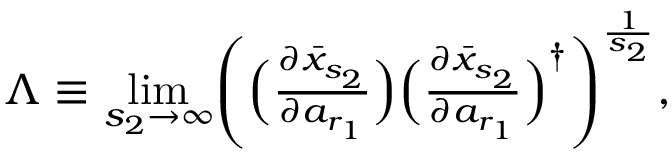
\begin{array} { r } { \Lambda \equiv \underset { s _ { 2 } \rightarrow \infty } { \operatorname* { l i m } } \Biggl ( \Bigl ( \frac { \partial \bar { x } _ { s _ { 2 } } } { \partial a _ { r _ { 1 } } } \Bigr ) \Bigl ( \frac { \partial \bar { x } _ { s _ { 2 } } } { \partial a _ { r _ { 1 } } } \Bigr ) ^ { \dagger } \Biggr ) ^ { \frac { 1 } { s _ { 2 } } } , } \end{array}